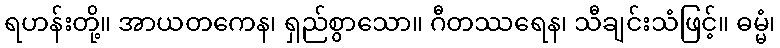
ရဟန်းတို့။ အာယတကေန၊ ရှည်စွာသော။ ဂီတဿရေန၊ သီချင်းသံဖြင့်။ ဓမ္မံ၊